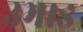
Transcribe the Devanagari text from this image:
उभाड